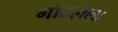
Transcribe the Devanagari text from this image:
गॉटहोल्ड